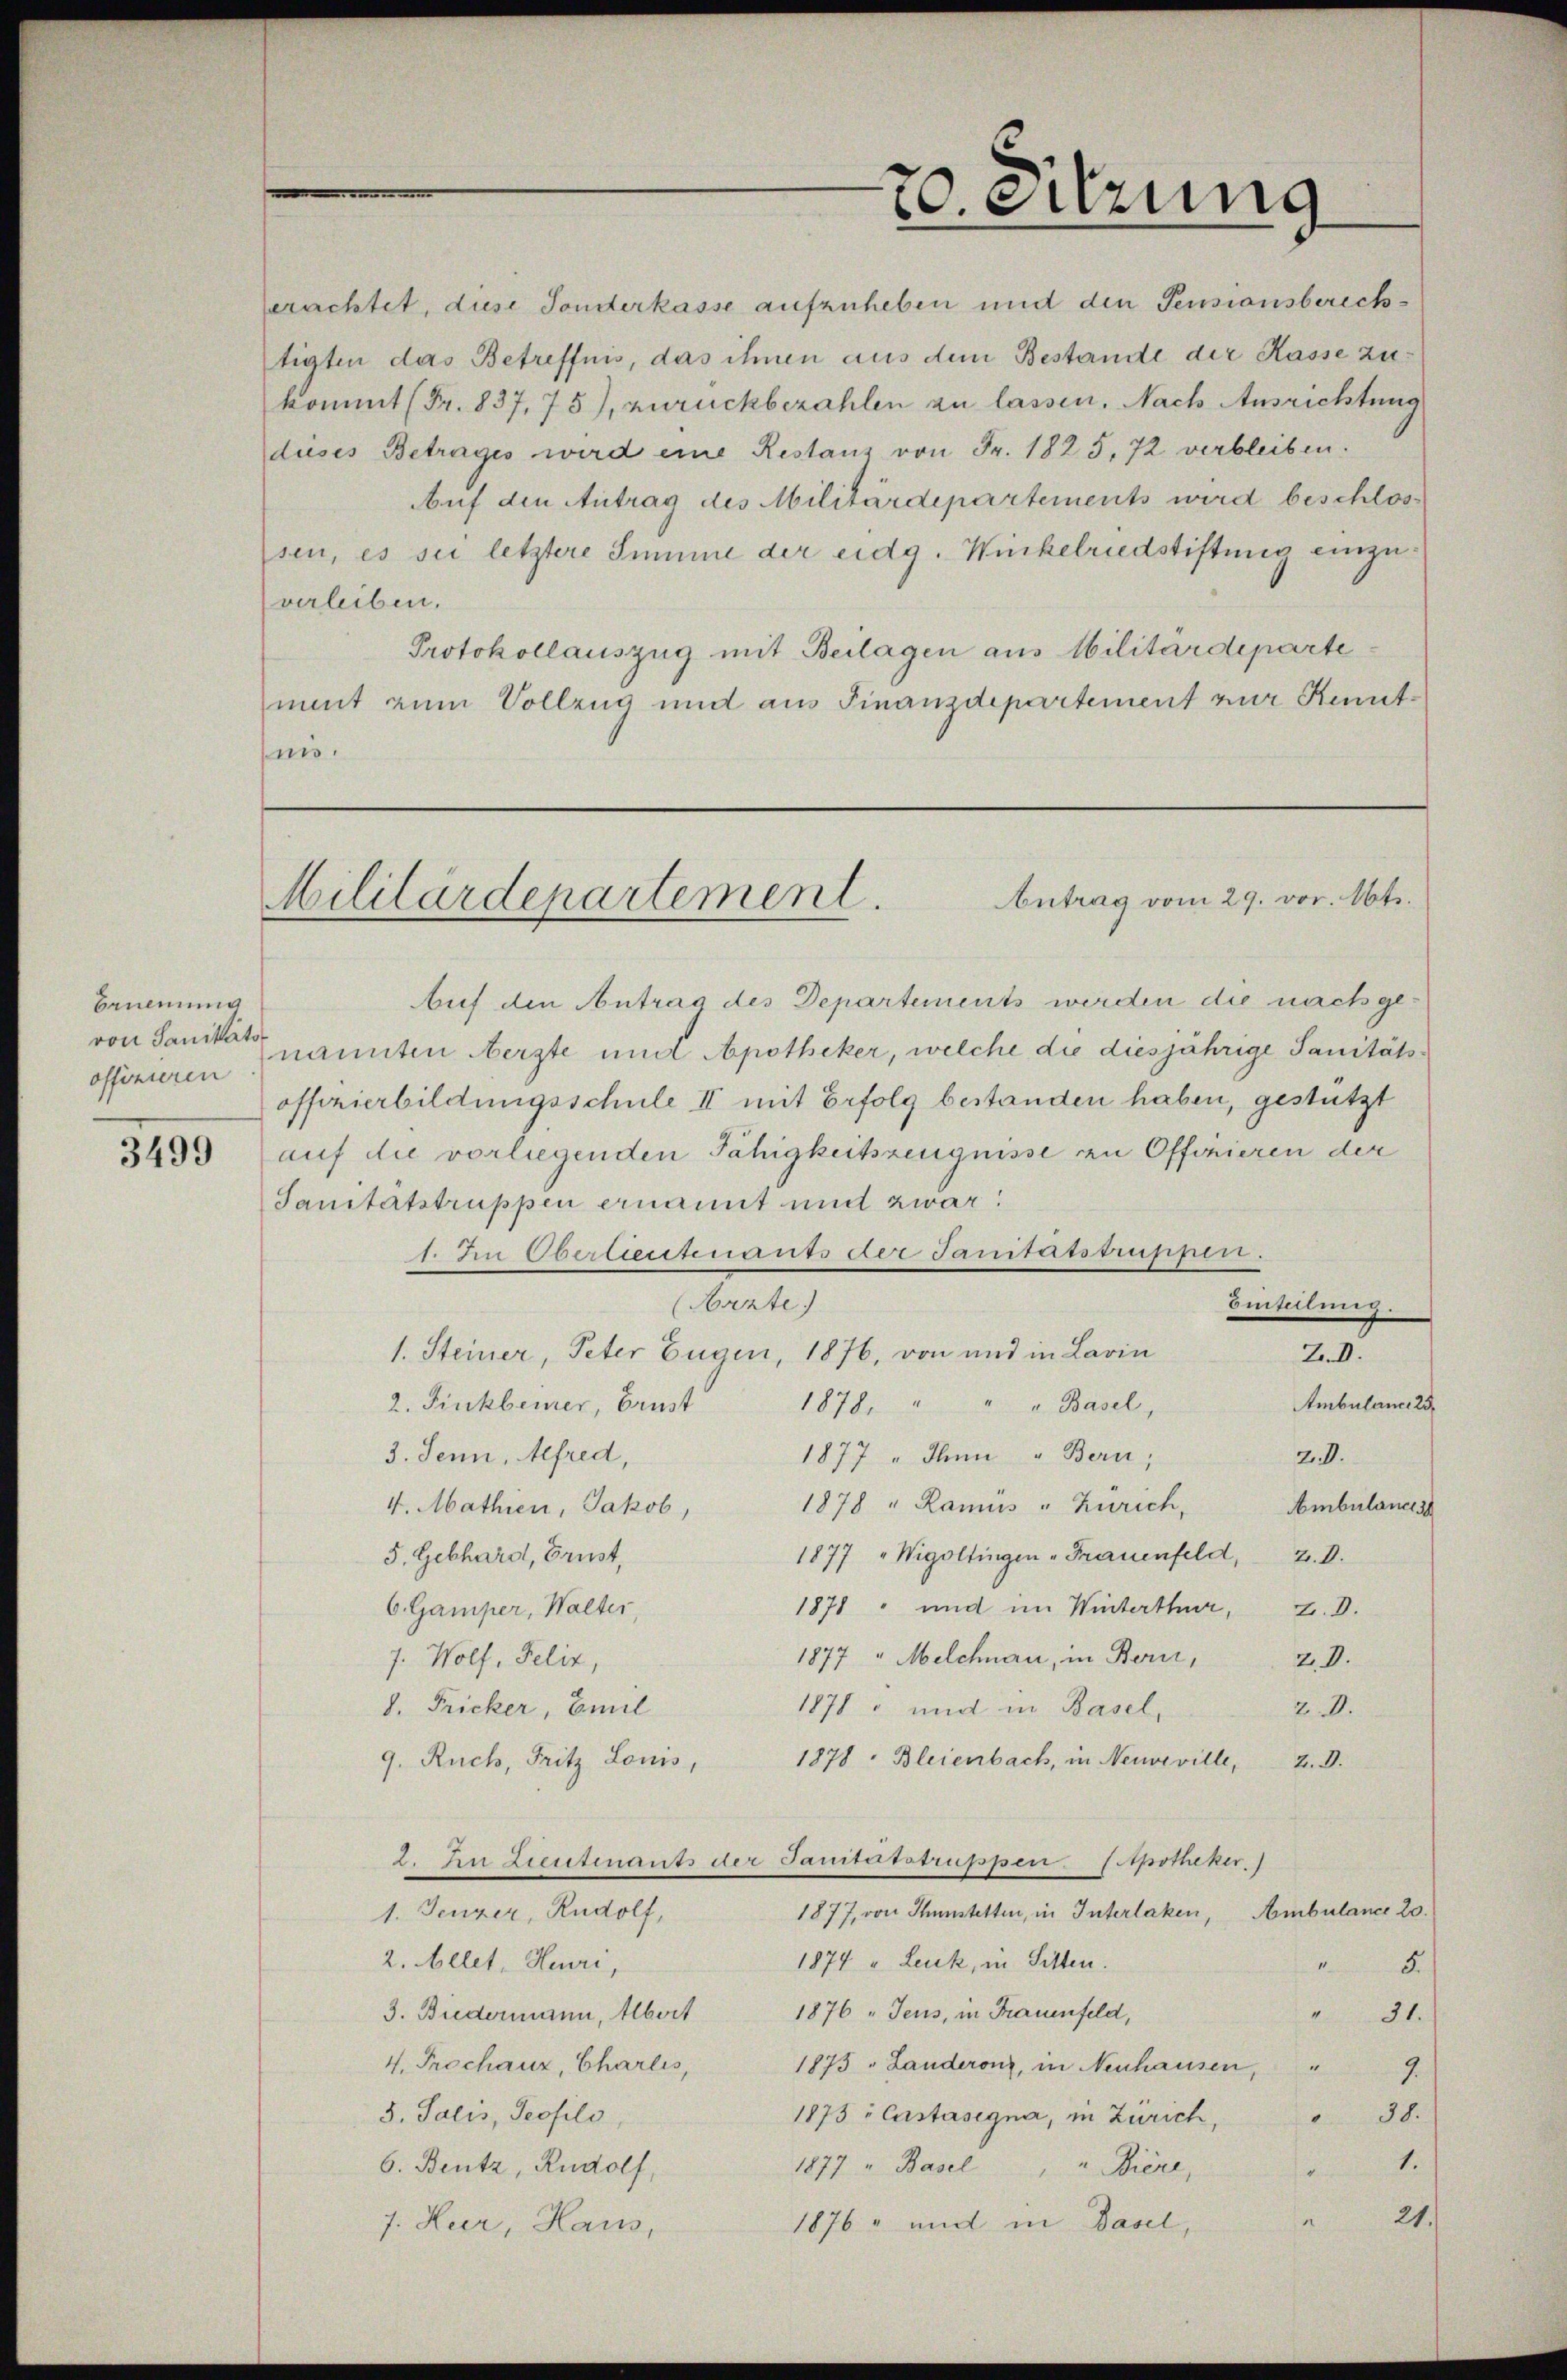
Brunnung
von Sanitäts
offizieren

nis.

20. Sitzung
.

Antrag vom 29. vor. Mts.
Militärdepartement.

tigten das Betreffnis, das ihnen aus dem Bestande der Kasse zukommt (Fr. 837,75), zurückbezahlen zu lassen. Nach Ausrichtung
dieses Betrages wird eine Restanz von Fr. 1825. 72 verbleiben.
sen, es sei letztere Summe der eidg. Winkelriedstiftung einzuverleiben.
Protokollauszug mit Beilagen aus Militärdeparte
mat zum Vollzug und aus Finanzdepartement zur Kennt¬
Auf den Antrag des Departements werden die nach genannten erste und Apotheker, welche die diesjährige Sanitätsoffizierbildungsschule II mit Erfolg bestanden haben, gestützt
8493 (auf die vorliegenden Fähigkeitszeugnisse zu Offizieren der
Sanitätstruppen ernannt und zwar:
1. In Oberlieutenants der Sanitätstruppen.
(Arzte)
Bintellung.
1. Steiner, Peter Eugen, 1876, von und in Lavin
.
Ambulance 25,
2. Finkbeurer, Brust 1878. " " " Basel,
3. Senn, Alfred,
2.8.
1877 "Ihnn " Bern,
1878 " Ramus " Zürich, Ambulanes
4. Mathien, Jakob,
1877 "Wigoltingen - Frauenfeld, Z. V.
5. Gebhard, Brust,
1871 und im Winterthur, z. B.
6. Gamper, Walter,
1877 " Melchnau, in Bern, 2. V.
7. Wolf, Felix,
1878 - und in Basel,
d. Fricker, Emil
20.
9. Ruch, Fritz Louis, 1878 : Bleienbach, in Neuveville, z. B.
2. In Lieutenants der Sanitätstruppen Apotheker.)
1877, von Thunstetten, in Interlaken, Ambulance 20.
1. Jeuzer, Rudolf,
2. Allet, Heuri,
1874 u. Leuk, in Sitten.
4
8.
3. Biedermann, Albert 1876 "Jeus, in Frauenfeld,
31.
4. Prochanz, Charlis, 1873 - Landerenz, in Neuhausen, " 9
5. Salis, Peofils
1875 " Castasegna, in Zürich, " 38.
1.
6. Bentz, Rudolf,
1877 " Basel " " Biere,
21.
1876 - und in Basel,
7. Kur, Haus,

erachtet, diese Sonderkasse aufzuheben und den Pensionsberich¬
Auf den Antrag des Militärdepartements wird beschlos¬